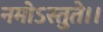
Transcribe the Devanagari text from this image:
नमोऽस्तुते।।